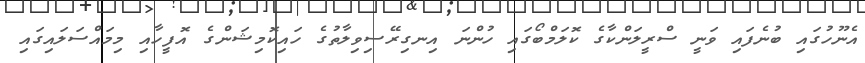
އެނޫހުގައި ބުނެފައި ވަނީ ސްރީލަންކާގެ ކޮލަމްބޯގައި ހުންނަ އިނގިރޭސިވިލާތުގެ ހައިކޮމިޝަންގެ އޮފީހާއި މިމައްސަލައިގައި